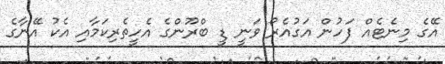
އޭގެ މިނެޓެއް ފަހުން އަގުއެރޯ ވަނީ ޑީ ބްރޫންގެ އެހީތެރިކަމާއި އެކު އޭނާގެ